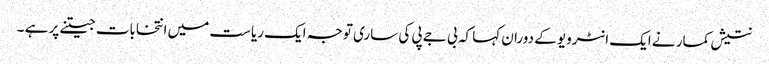
نتیش کمار نے ایک انٹرویو کے دوران کہا کہ بی جے پی کی ساری توجہ ایک ریاست میں انتخابات جیتنے پر ہے ۔